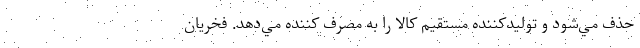
حذف مي‌شود و توليدكننده مستقيم كالا را به مصرف كننده مي‌دهد. فخريان